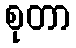
စုတာ